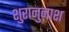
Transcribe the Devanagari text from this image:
शुरानुनाश